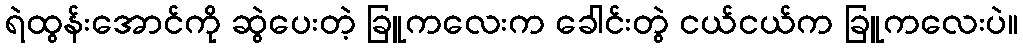
ရဲထွန်းအောင်ကို ဆွဲပေးတဲ့ ခြူကလေးက ခေါင်းတွဲ ငယ်ငယ်က ခြူကလေးပဲ။